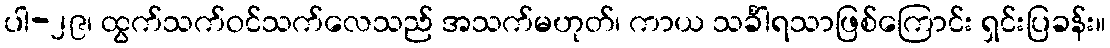
ပါ-၂၉၊ ထွက်သက်ဝင်သက်လေသည် အသက်မဟုတ်၊ ကာယ သင်္ခါရသာဖြစ်ကြောင်း ရှင်းပြခန်း။